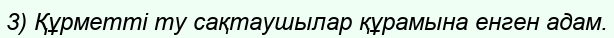
3) Құрметті ту сақтаушылар құрамына енген адам.